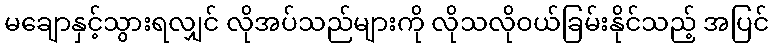
မချောနှင့်သွားရလျှင် လိုအပ်သည်များကို လိုသလိုဝယ်ခြမ်းနိုင်သည့် အပြင်